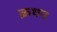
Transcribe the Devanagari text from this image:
क्रथन